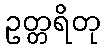
ဥတ္တရိတု